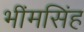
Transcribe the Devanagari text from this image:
भींमसिंह